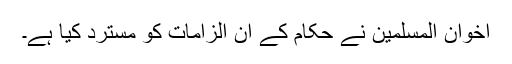
اخوان المسلمین نے حکام کے ان الزامات کو مسترد کیا ہے۔